Vaccination Hyderabad 1890-1903 - 1890-1903
Year: 1890
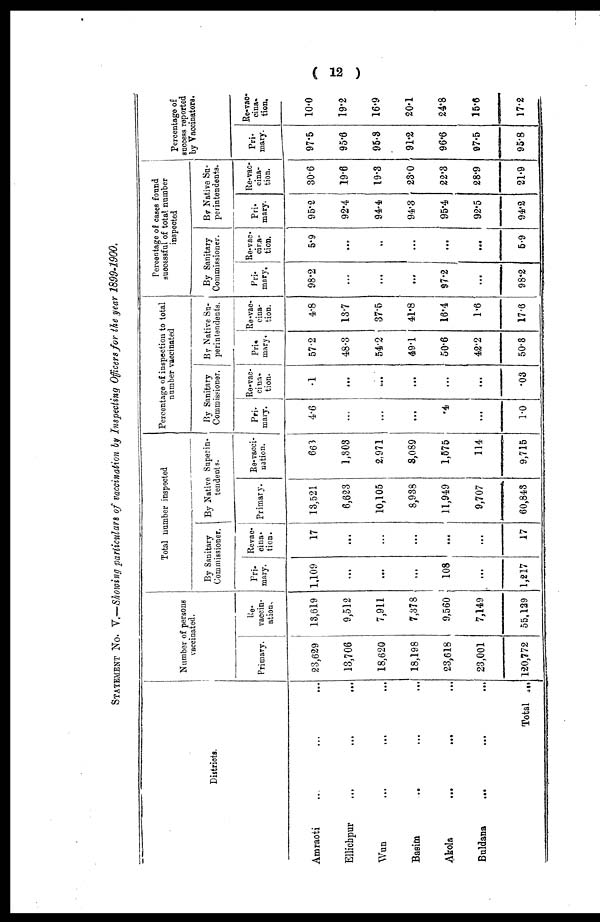
( 12 )
STATEMENT No. V.—Showing particulars of vaccination by Inspecting Officers for the year 1899-1900.
Districts.
Amraoti ... ... ...
Ellichpur ... ... ...
Wun ... ... ...
Basim ... ... ...
Akola
...
...
...
Buldana
...
...
...
Total ...
Number of persons
vaccinated.
Primary.
23,629
13,706
18,620
18,198
23,618
23,001
120,772
vaccin-
ation.
13,619
9,512
7,911
7,378
9,560
7,149
55,129
Total number inspected
By Sanitary
Commissioner.
Pri-
mary.
1,109
...
...
...
108
...
1,217
Revac-
cina¬
tion.
17
...
...
...
...
...
17
By Native Superin-
tendents.
Primary.
13,521
6,623
10,105
8,938
11,949
9,707
60,843
Re-vacci-
nation.
663
1,303
2,971
8,089
1,575
114
9,715
Percentage of inspection to total
number vaccinated
By Sanitary
Commissioner.
Pri¬
mary.
4.6
...
...
...
.4
...
1.0
Re-vac¬
cina-
tion.
.1
...
...
...
...
...
.03
By Native Su-
perintendents.
Pri¬
mary.
57.2
48.3
54.2
49.1
50.6
42.2
50.3
Re-vac¬
cina¬
tion.
4.8
13.7
37.5
41.8
16.4
1.6
17.6
Percentage of cases found
successful of total number
inspected
By Sanitary
Commissioner.
Pri¬
mary.
98.2
...
...
...
97.2
...
98.2
Re-vac-
cina-
tion.
5.9
...
...
...
...
...
5.9
By Native Su-
perintendents.
Pri-
mary.
95.2
92.4
94.4
94.3
95.4
92.5
94.2
Re-vac-
cina-
tion.
30.6
19.6
19.3
23.0
22.3
28.9
21.9
Percentage of
success reported
by Vaccinators.
Pri-
mary.
97.5
95.6
95.3
91.2
96.6
97.5
95.8
Re-vac-
cina-
tion.
10.0
19.2
16.9
20.1
24.8
15.6
17.2